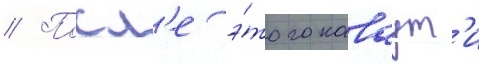
// Посл'е э́того каваут'и